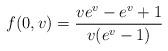
LaTeX: \begin{align*}f(0,v) = {ve^v-e^v+1\over v(e^v-1)} \end{align*}